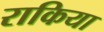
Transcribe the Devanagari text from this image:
राकिया